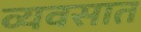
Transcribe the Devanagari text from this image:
व्यवसात